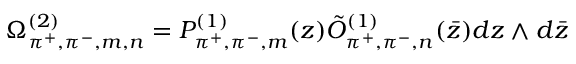
\Omega _ { \pi ^ { + } , \pi ^ { - } , m , n } ^ { ( 2 ) } = { \cal P } _ { \pi ^ { + } , \pi ^ { - } , m } ^ { ( 1 ) } ( z ) \tilde { \cal O } _ { \pi ^ { + } , \pi ^ { - } , n } ^ { ( 1 ) } ( \bar { z } ) d z \wedge d \bar { z }